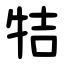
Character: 㸵